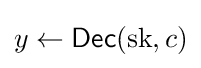
y\leftarrow {\textsf {Dec}}({\text{sk}},c)